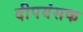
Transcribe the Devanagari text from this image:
दीपवंसक